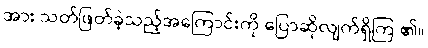
အား သတ်ဖြတ်ခဲ့သည့်အကြောင်းကို ပြောဆိုလျက်ရှိကြ ၏။